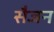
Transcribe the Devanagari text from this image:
सैजन